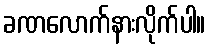
ခဏလောက်နားလိုက်ပါ။